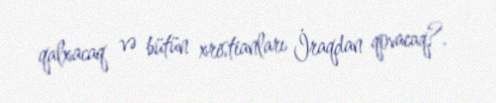
qalxacaq və bütün xristianları İraqdan qovacaq?.